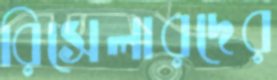
রিসেলারদের